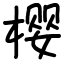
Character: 樱